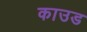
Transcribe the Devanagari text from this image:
काउड